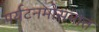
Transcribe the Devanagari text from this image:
पर्यटनमोसमात